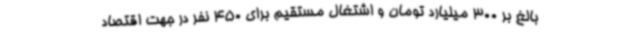
بالغ بر 300 میلیارد تومان و اشتغال مستقیم برای 450 نفر در جهت اقتصاد